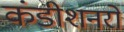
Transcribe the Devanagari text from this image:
कंडीशनरों